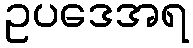
ဥပဒေအရ